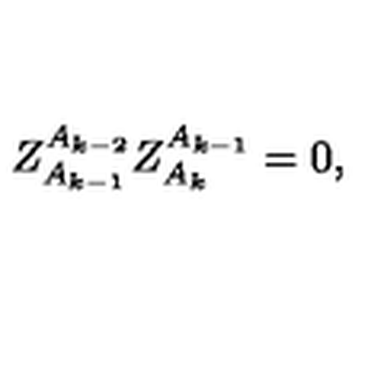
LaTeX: Z _ { A _ { k - 1 } } ^ { A _ { k - 2 } } Z _ { A _ { k } } ^ { A _ { k - 1 } } = 0 ,